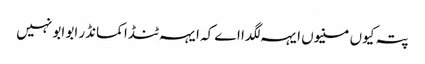
پتہ کیوں منیوں ایہہ لگدا اے کہ ایہہ ٹنڈا کمانڈر ابو ابو نہیں